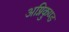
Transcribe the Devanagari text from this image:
अग्निकुण्ड